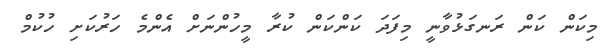
މިކަން ކަން ރަނގަޅުވާނީ މިފަދަ ކަންކަން ކުރާ މީހުންނަށް އެންމެ ހަރުކަށި ހުކުމް